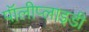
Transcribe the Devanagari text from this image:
पॉलीप्लाइडी